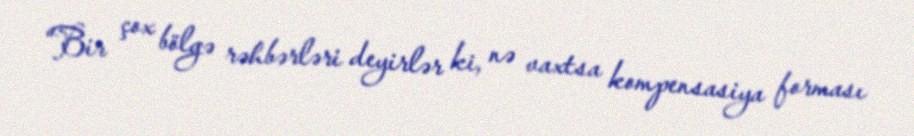
“Bir çox bölgə rəhbərləri deyirlər ki, nə vaxtsa kompensasiya forması